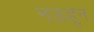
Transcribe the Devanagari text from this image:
नऊहून